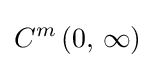
C^{m}\left(0,\,\infty \right)